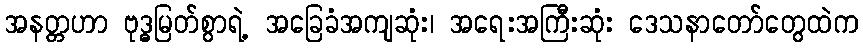
အနတ္တဟာ ဗုဒ္ဓမြတ်စွာရဲ့ အခြေခံအကျဆုံး၊ အရေးအကြီးဆုံး ဒေသနာတော်တွေထဲက